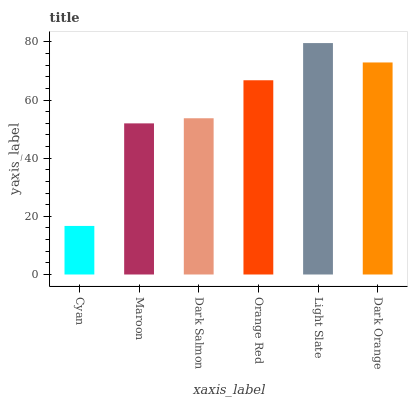
| xaxis_label | bars |
 | --- | --- |
 | Cyan | 16.7 |
 | Maroon | 52 |
 | Dark Salmon | 53.7 |
 | Orange Red | 66.8 |
 | Light Slate | 79.6 |
 | Dark Orange | 72.9 |